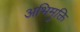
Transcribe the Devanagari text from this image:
अभिमुक्ति